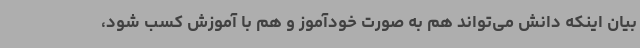
بیان اینکه دانش می‌تواند هم به ‌صورت خودآموز و هم با آموزش کسب شود،